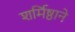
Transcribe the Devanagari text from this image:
शर्मिष्ठाने